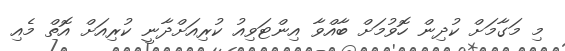
މި މަގާމަށް ކުދިން ހޮވުމަށް ބާއްވާ އިންޓަވިއު ކުރިއަަށްދާނީ ކުރިއަށް އޮތް މެއި